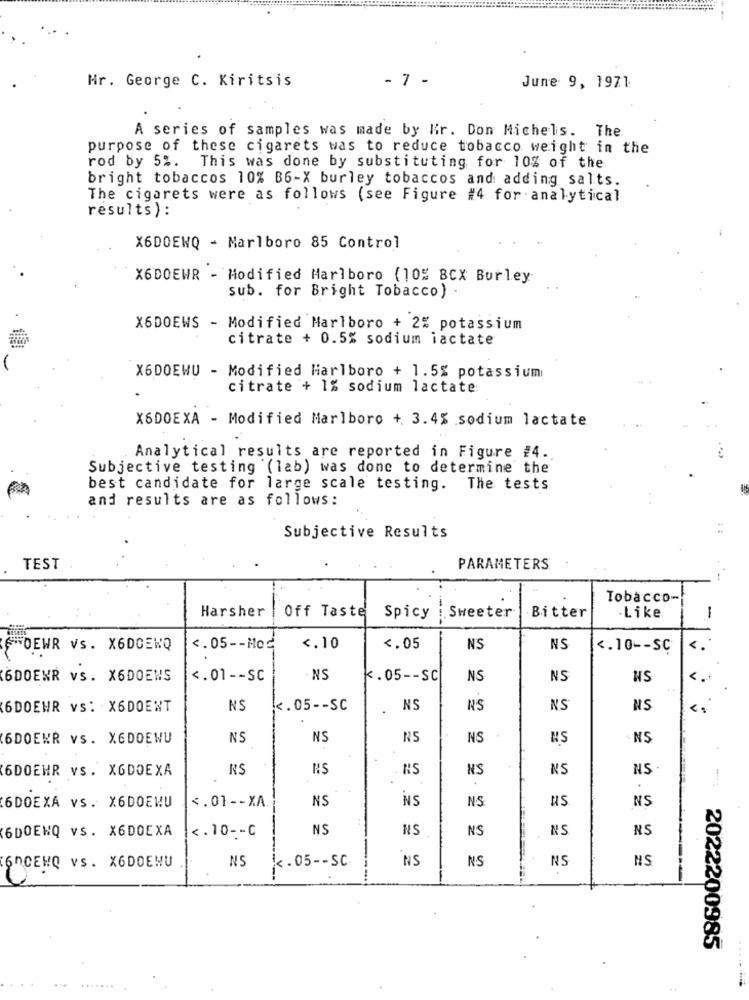
Hr. George C. Kiritsis
- 7 -
June 9, 1971
A series of samples was made by lir. Don Michels. The
purpose of these cigarets was to reduce tobacco weight in the
rod by 5%. This was done by substituting for 10% of the
bright tobaccos 10% B6-X burley tobaccos and adding salts.
The cigarets were as follows (see Figure #4 for analytical
results) :
X6DOENQ - Marlboro 85 Control
X6DOEWR - Modified Marlboro (10% BCX Burley
sub. for Bright Tobacco)
X6DOEWS - Modified Marlboro + 2% potassium
citrate + 0.5% sodium lactate
X6DOEWU - Modified Marlboro + 1.5% potassium
citrate + 1% sodium lactate
X6DOEXA - Modified Marlboro + 3.4% sodium lactate
Analytical results are reported in Figure #4.
Subjective testing (lab) was done to determine the
best candidate for large scale testing. The tests
and results are as follows:
Subjective Results
TEST
PARAMETERS
Tobacco-
Harsher
Off Taste
Bitter
.Like
Spicy
Sweeter
-
WOEWR Vs. X6DOEWQ
<. 05 -- Mod
<. 10
<. 05
NS
NS
<. 10 -- SC
6DOEKR vs. X6DOEWS
<. 01 -- SC
NS
k.05 -- SC
NS
NS
WS
<.
6DOEWR VS: X6DOENT
NS
<. 05 -- SC
NS
NS
NS
NS
6DOEKR VS. X6DOEWU
NS
NS
NS
NS
HS
NS
6DOEHR VS. XODOEXA
RS
NS
NS
NS
NS
NS
NS
NS
NS
US
6DOEXA VS. X6DOEWU
<. 01 -- XA.
NS
6DOENQ VS. X6DOEXA
<. 10 -- C
NS
NS
NS
NS
NS
NS
NS
NS
NS
NS
ONCEWQ VS. X6DOENU
K . 05 - - SC
2022200985